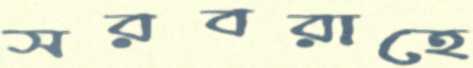
সরবরাহে